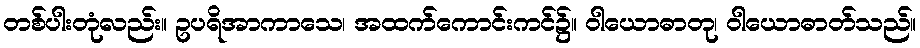
တစ်ပါးတုံလည်း။ ဥပရိအာကာသေ၊ အထက်ကောင်းကင်၌။ ဝါယောဓာတု၊ ဝါယောဓာတ်သည်။